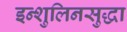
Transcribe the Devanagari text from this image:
इन्शुलिनसुद्धा